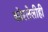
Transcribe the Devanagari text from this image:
कोरलेलीही